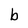
Character: b